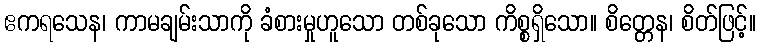
ဧကရသေန၊ ကာမချမ်းသာကို ခံစားမှုဟူသော တစ်ခုသော ကိစ္စရှိသော။ စိတ္တေန၊ စိတ်ဖြင့်။